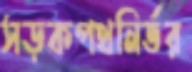
সড়কপথনির্ভর